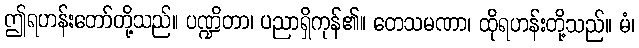
ဤရဟန်းတော်တို့သည်။ ပဏ္ဍိတာ၊ ပညာရှိကုန်၏။ တေသမဏာ၊ ထိုရဟန်းတို့သည်။ မံ၊